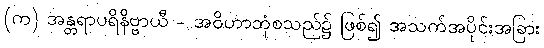
(က) အန္တရာပရိနိဗ္ဗာယီ - အဝိဟာဘုံစသည်၌ ဖြစ်၍ အသက်အပိုင်းအခြား